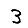
Digit: 3